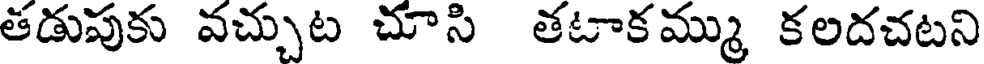
తడుపుకు వచ్చుట చూసి తటాకమ్ము కలదచటని